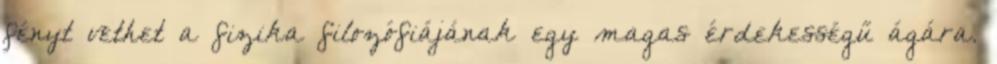
fényt vethet a fizika filozófiájának egy magas érdekességű ágára.